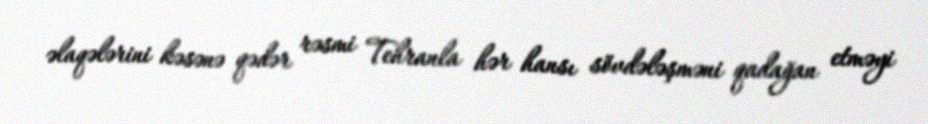
əlaqələrini kəsənə qədər rəsmi Tehranla hər hansı sövdələşməni qadağan etməyi